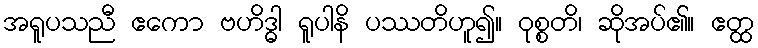
အရူပသညီ ဧကော ဗဟိဒ္ဓါ ရူပါနိ ပဿတိဟူ၍။ ဝုစ္စတိ၊ ဆိုအပ်၏။ ဧတ္ထ